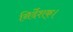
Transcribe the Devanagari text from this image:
निर्देशक्।